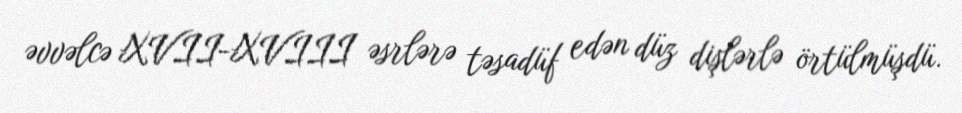
əvvəlcə XVII-XVIII əsrlərə təsadüf edən düz dişlərlə örtülmüşdü.